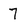
Character: 7